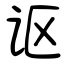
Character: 讴